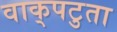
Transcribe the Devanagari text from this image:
वाक्‌पटुता